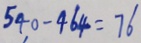
5 4 0 - 4 6 4 = 7 6